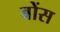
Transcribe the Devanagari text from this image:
बोंस